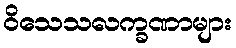
ဝိသေသလက္ခဏာများ